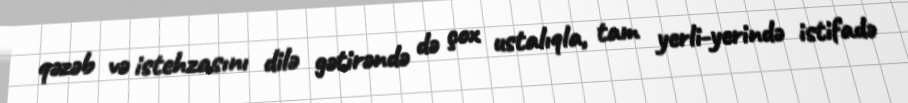
qəzəb və istehzasını dilə gətirəndə də çox ustalıqla, tam yerli-yerində istifadə